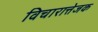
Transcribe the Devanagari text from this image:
विचारात्तेजक